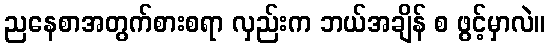
ညနေစာအတွက်စားစရာ လှည်းက ဘယ်အချိန် စ ဖွင့်မှာလဲ။